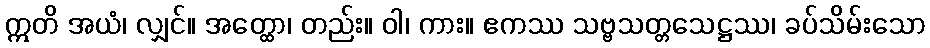
ဣတိ အယံ၊ လျှင်။ အတ္ထော၊ တည်း။ ဝါ၊ ကား။ ဧကဿ သဗ္ဗသတ္တသေဋ္ဌဿ၊ ခပ်သိမ်းသော